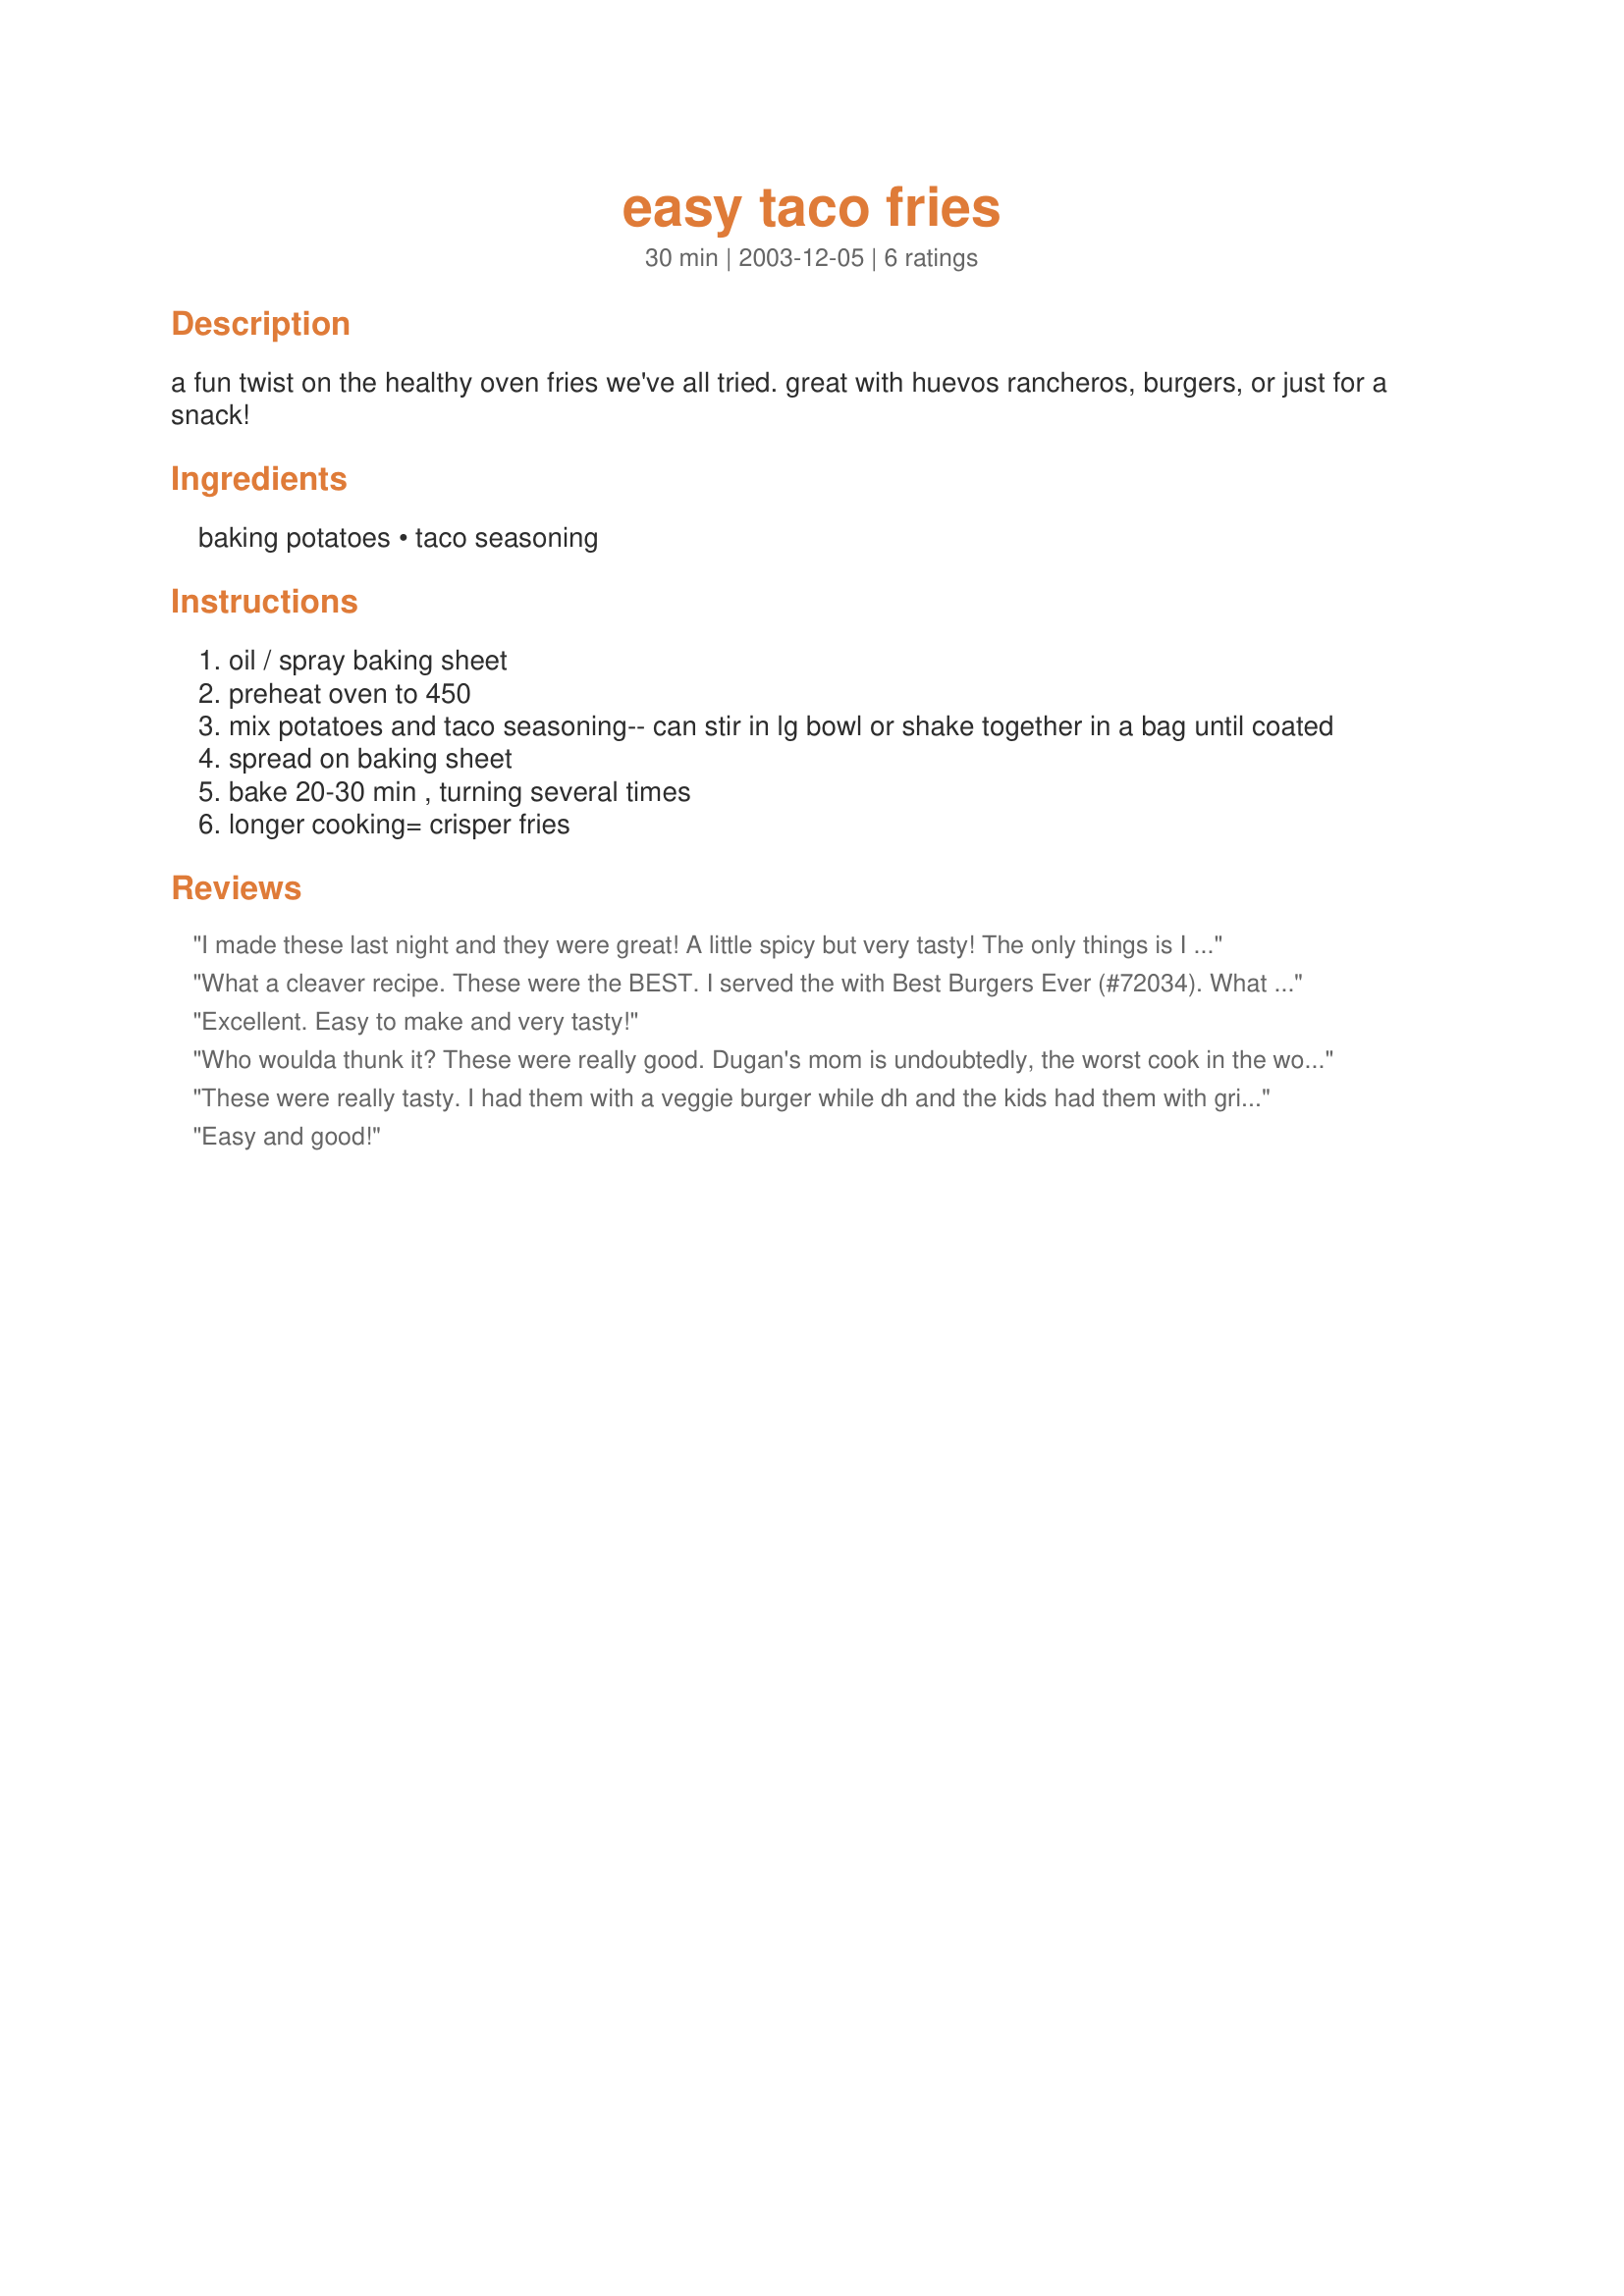
easy taco fries
Preparation time: 30 minutes

a fun twist on the healthy oven fries we've all tried. great with huevos rancheros, burgers, or just for a snack!

Ingredients:
baking potatoes, taco seasoning

Steps:
oil / spray baking sheet
preheat oven to 450
mix potatoes and taco seasoning-- can stir in lg bowl or shake together in a bag until coated
spread on baking sheet
bake 20-30 min , turning several times
longer cooking= crisper fries

Reviews:
I made these last night and they were great! A little spicy but very tasty! The only things is I would make sure potatoes were completely dry before coating as most of the coating stayed in the bowl. I did soak them in cold water as others suggested and I do believe that they were crispier. My husband loved them!
What a cleaver recipe. These were the BEST. I served the with Best Burgers Ever (#72034). What a great meal. Thanks for posting a real keeper.
Excellent. Easy to make and very tasty!
Who woulda thunk it? These were really good. Dugan's mom is undoubtedly, the worst cook in the world, but he told me he looked forward to these fries whenever she cooked them. It was something she could burn but they still tasted good. PS... I liked them, too, using low sodium taco seasoning
These were really tasty. I had them with a veggie burger while dh and the kids had them with grilled cheeses. Nice & tangy. I loved the extra taste of the taco seasoning. One I'm sure I'll make again.
Easy and good!
